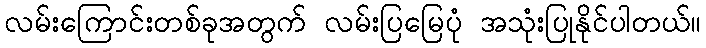
လမ်းကြောင်းတစ်ခုအတွက် လမ်းပြမြေပုံ အသုံးပြုနိုင်ပါတယ်။